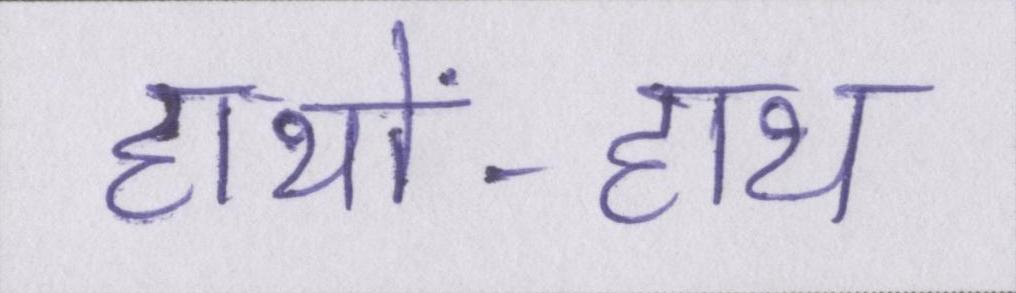
हाथों-हाथ